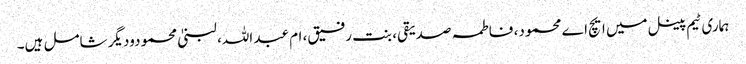
ہماری ٹیم پینل میں ایچ اے محمود، فاطمہ صدیقی، بنت رفیق، ام عبد اللہ، لبنیٰ محمودودیگر شامل ہیں۔